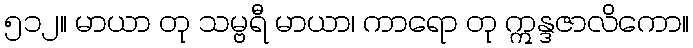
၅၁၂။ မာယာ တု သမ္ဗရီ မာယာ၊ ကာရော တု ဣန္ဒဇာလိကော။